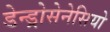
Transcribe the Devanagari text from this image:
डेन्ड्रोसेनेसियो